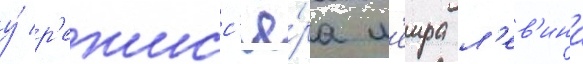
у́ р'ежисс'ё́ра м'еира л'ев'ина